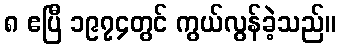
၈ ဧပြီ ၁၉၇၄တွင် ကွယ်လွန်ခဲ့သည်။